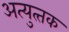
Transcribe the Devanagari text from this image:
अत्‍युत्‍तक